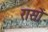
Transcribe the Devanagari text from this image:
रासों